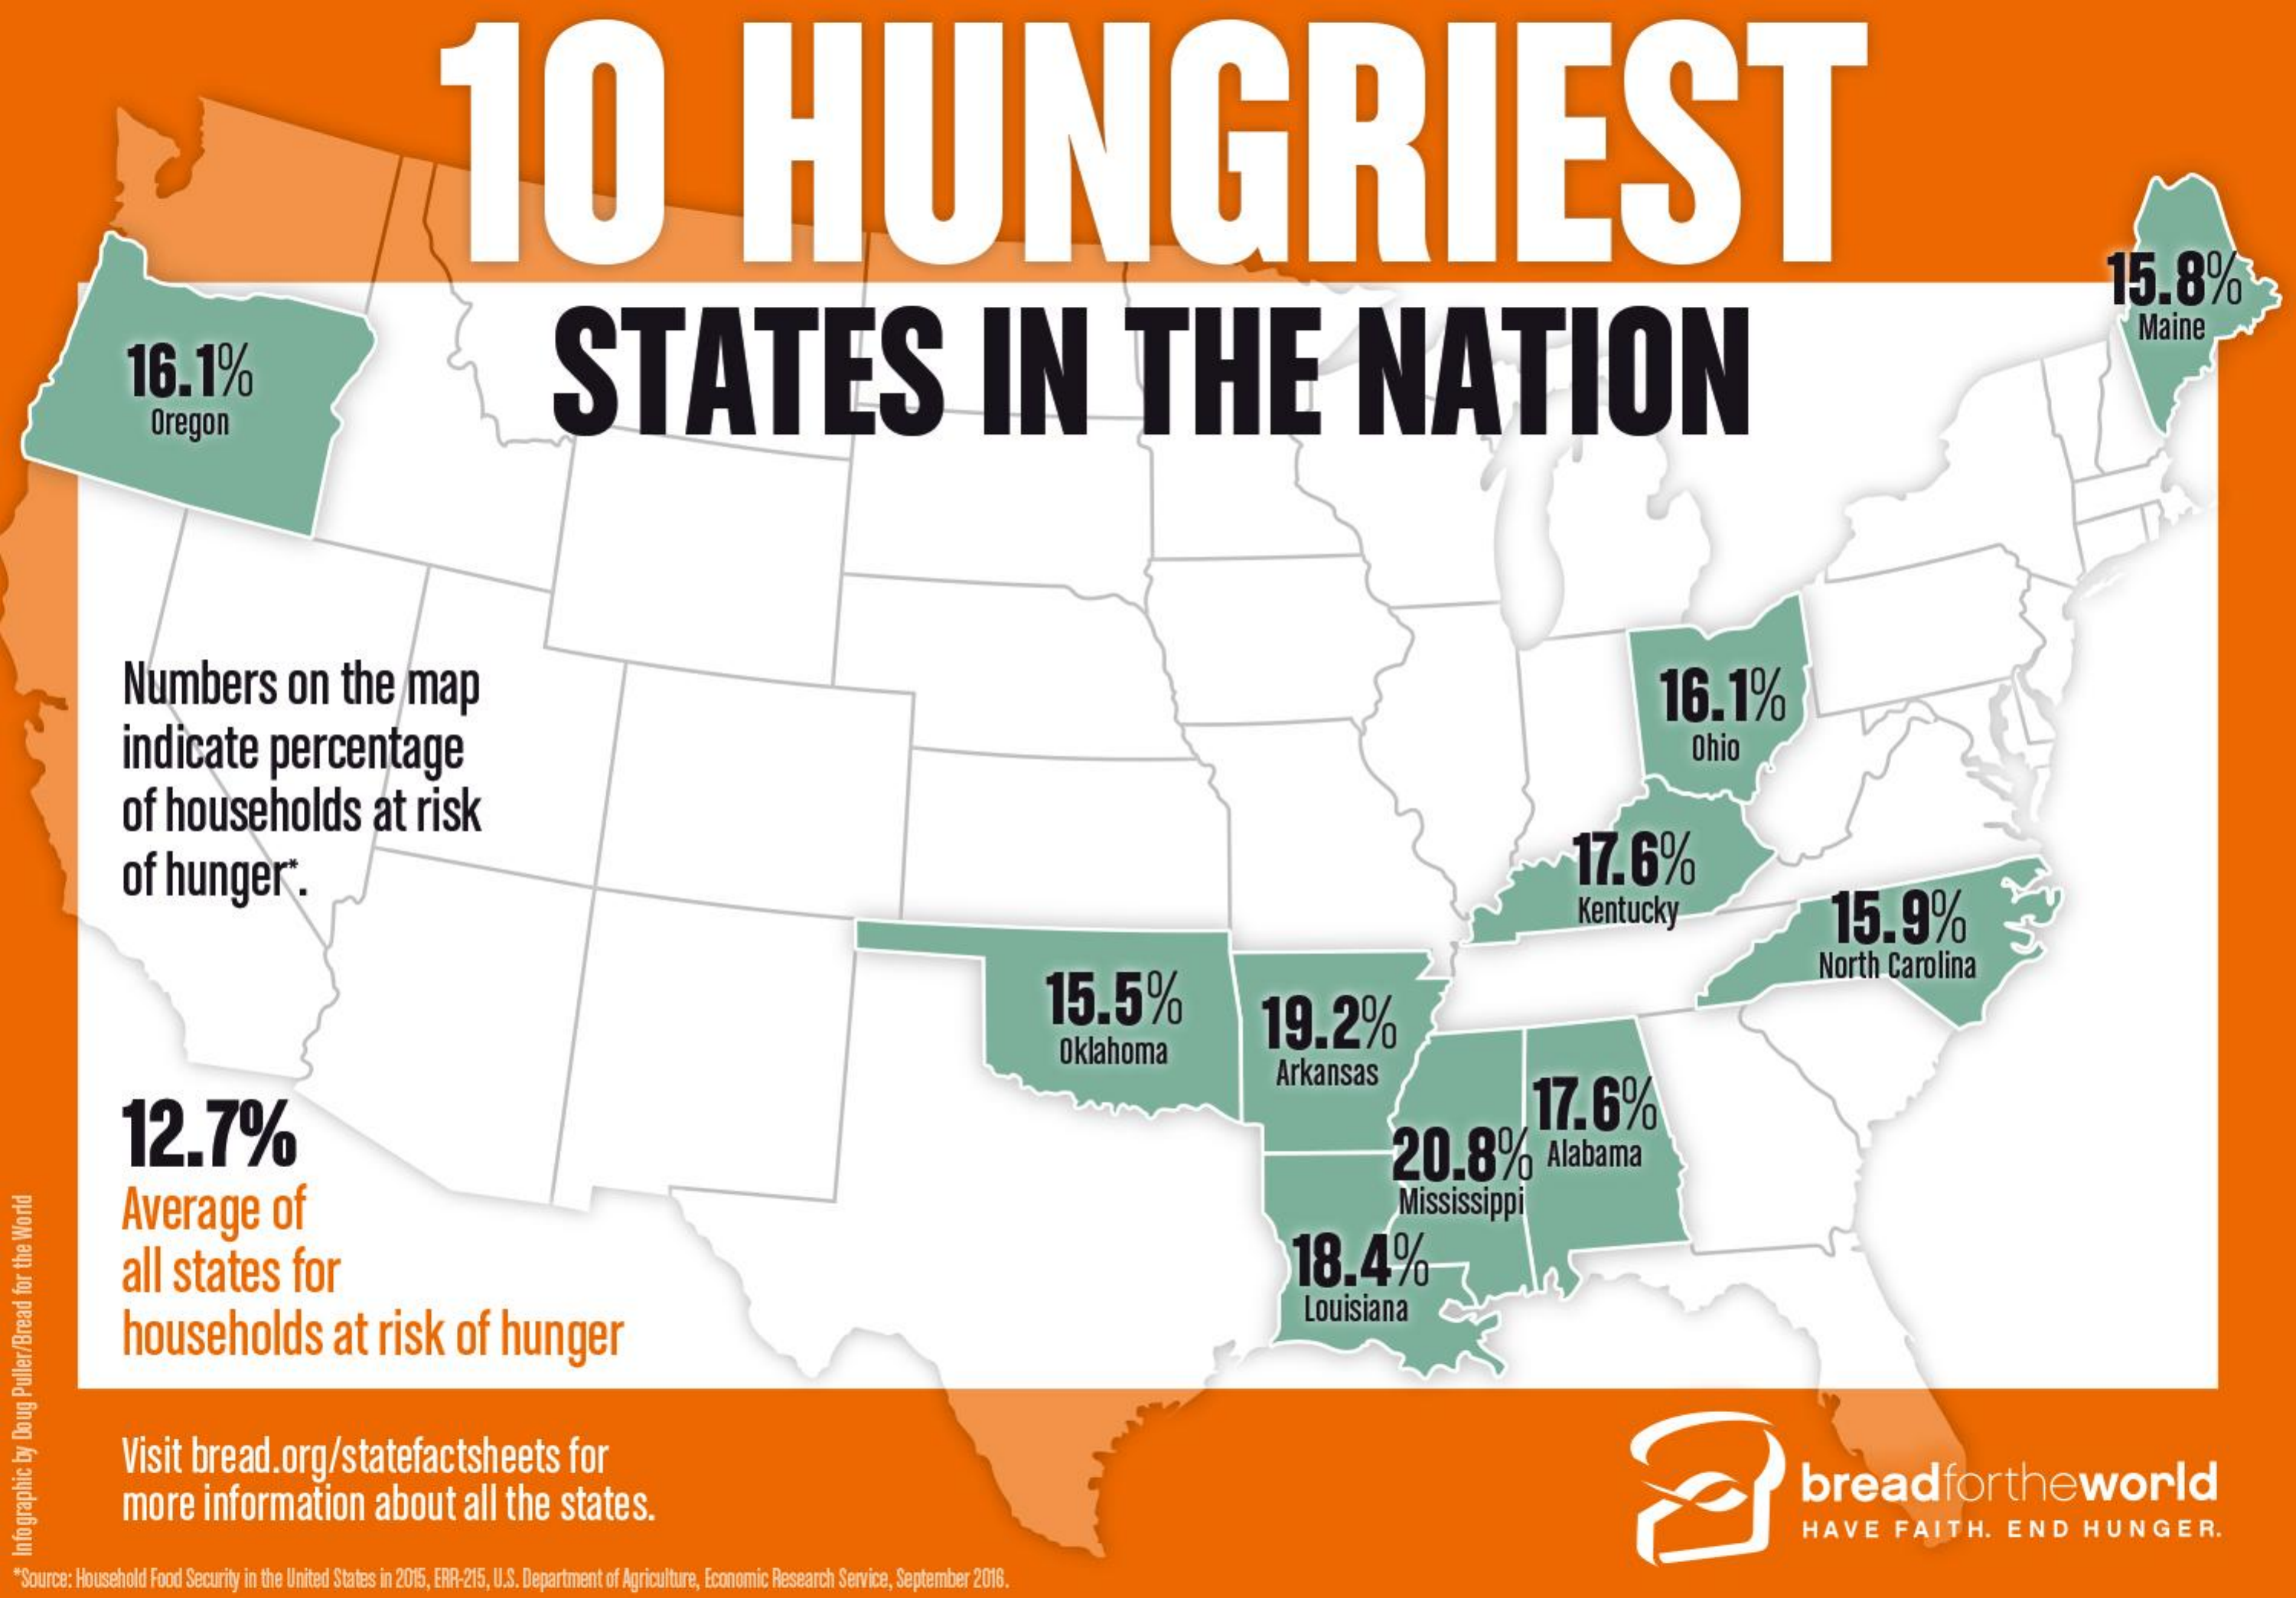
10    HUNGRIEST
     15.8%
     Maine
     16.1%    STATES    IN    THE    NATION
     Oregon
     Numbers    on    the    map    16.1%
     indicate    percentage    Ohio
     of    households    at   risk
     of    hunger    17.6%
     Kentucky    15.9%
     15.5%
     North    Carolina
     19.2%
     Oklahoma
     Arkansas
     12.7%    17.6%
     20.8%    Alabama
     Average    of    Mississippi
     all  states    for    18.4%
     households    at    risk    of    hunger
     Louisiana
     Visit    bread.org/statefactsheets    for
     more    information    about    all  the    states.    breadfortheworld
     HAVE    FAITH.    END    HUNGER. Infographic
  by
  Doug
  Puller/Bread
  for
  the
  World
  "Source: Household Food Security in the United States in 2015, ERR-215, U.S. Department of Agriculture, Economic Research Service, September 2016.